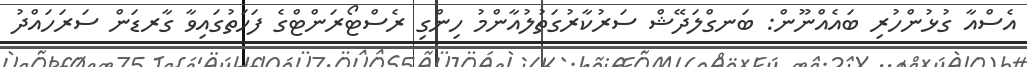
އެސްއާ ގުޅުންހުރި ބައެއްނޫން: ބަނގްލަދޭޝް ސަރުކާރުގަތުލުއާންމު ހިންގި ރެސްޓޯރަންޓްގެ ފަހަތުގައިވާ ގާރޑަން ސަރަހައްދު